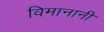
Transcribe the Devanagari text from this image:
विमानानी